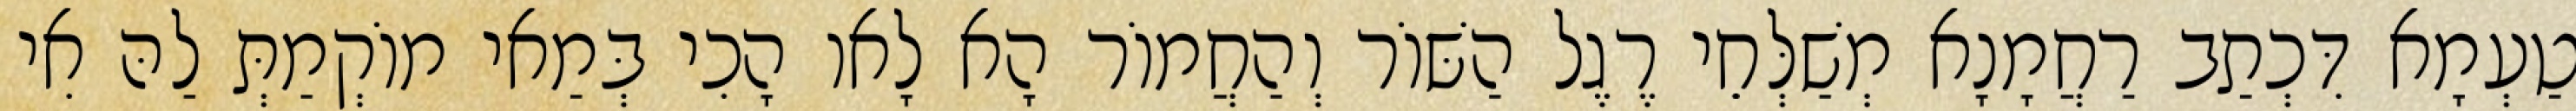
טַעְמָא דִּכְתַב רַחֲמָנָא מְשַׁלְּחֵי רֶגֶל הַשּׁוֹר וְהַחֲמוֹר הָא לָאו הָכִי בְּמַאי מוֹקְמַתְּ לַהּ אִי